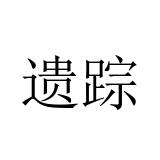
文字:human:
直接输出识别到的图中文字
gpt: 遗踪